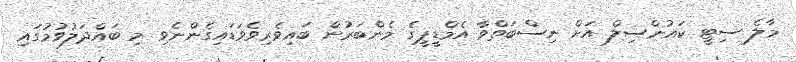
މާލެ ސިޓީ ކައުންސިލް އަށް ނިސްބަތްވާ އެމްޑީޕީގެ މެންބަރުން ބައިވެރިވެވަޑައިގެންނެވި މި ބައްދަލުވުމުގައި